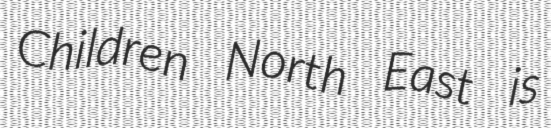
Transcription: Children North East is